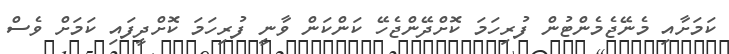
ކަމަށާއި މެނޭޖެމެންޓުން ފުރިހަމަ ކޮށްދޭންޖެހޭ ކަންކަން ވާނީ ފުރިހަމަ ކޮށްދީފައި ކަމަށް ވެސް